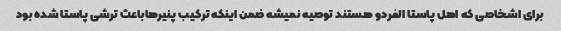
برای اشخاصی که اهل پاستا الفردو هستند توصیه نمیشه ضمن اینکه ترکیب پنیرهاباعث ترشی پاستا شده بود